Report of the Indian Hemp Drugs Commission, 1894-1895 - Volume VII
Year: 1894
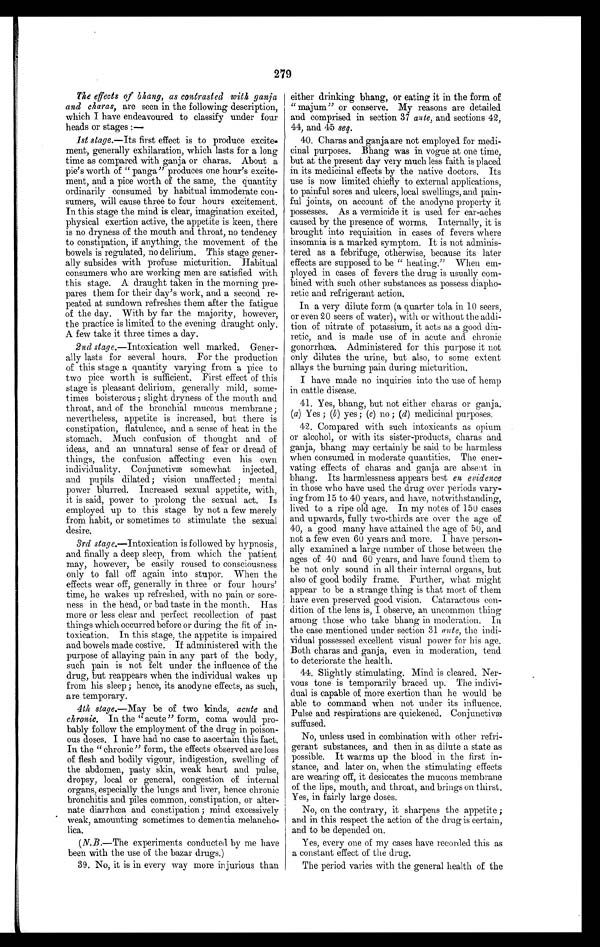
279
The effects of bhang, as contrasted with ganja
and charas, are seen in the following description,
which I have endeavoured to classify under four
heads or stages :
—
1st stage.—Its first effect is to produce excite-
ment, generally exhilaration, which lasts for a long
time as compared with ganja or charas. About a
pie's worth of " panga" produces one hour's excite-
ment, and a pice worth of the same, the quantity
ordinarily consumed by habitual immoderate con-
sumers, will cause three to four hours excitement.
In this stage the mind is clear, imagination excited,
physical exertion active, the appetite is keen, there
is no dryness of the mouth and throat, no tendency
to constipation, if anything, the movement of the
bowels is regulated, no delirium. This stage gener-
ally subsides with profuse micturition. Habitual
consumers who are working men are satisfied with
this stage. A draught taken in the morning pre-
pares them for their day's work, and a second re-
peated at sundown refreshes them after the fatigue
of the day. With by far the majority, however,
the practice is limited to the evening draught only.
A few take it three times a day.
2nd stage.—Intoxication well marked. Gener-
ally lasts for several hours. For the production
of this stage a quantity varying from a pice to
two pice worth is sufficient. First effect of this
stage is pleasant delirium, generally mild, some-
times boisterous; slight dryness of the mouth and
throat, and of the bronchial mucous membrane;
nevertheless, appetite is increased, but there is
constipation, flatulence, and a sense of heat in the
stomach. Much confusion of thought and of
ideas, and an unnatural sense of fear or dread of
things, the confusion affecting even his own
individuality. Conjunctivæ somewhat injected,
and pupils dilated; vision unaffected; mental
power blurred. Increased sexual appetite, with,
it is said, power to prolong the sexual act. Is
employed up to this stage by not a few merely
from habit, or sometimes to stimulate the sexual
desire.
3rd stage. —Intoxication is followed by hypnosis,
and finally a deep sleep, from which the patient
may, however, be easily roused to consciousness
only to fall off again into stupor. When the
effects wear off, generally in three or four hours'
time, he wakes up refreshed, with no pain or sore-
ness in the head, or bad taste in the month. Has
more or less clear and perfect recollection of past
things which occurred before or during the fit of in-
toxication. In this stage, the appetite is impaired
and bowels made costive. If administered with the
purpose of allaying pain in any part of the body,
such pain is not felt under the influence of the
drug, but reappears when the individual wakes up
from his sleep; hence, its anodyne effects, as such,
are temporary.
4th stage.—May be of two kinds, acute and
chronic. In the "acute" form, coma would pro-
bably follow the employment of the drug in poison-
ous doses. I have had no case to ascertain this fact.
In the " chronic" form, the effects observed are loss
of flesh and bodily vigour, indigestion, swelling of
the abdomen, pasty skin, weak heart and pulse,
dropsy, local or general, congestion of internal
organs, especially the lungs and liver, hence chronic
bronchitis and piles common, constipation, or alter-
nate diarrhœa and constipation; mind excessively
weak, amounting sometimes to dementia melancho-
lica.
( N.B.—The experiments conducted by me have
been with the use of the bazar drugs.)
39. No, it is in every way more injurious than
either drinking bhang, or eating it in the form of
"majum" or conserve. My reasons are detailed
and comprised in section 37 ante, and sections 42,
44, and 45 seq.
40. Charas and ganja are not employed for medi--
cinal purposes. Bhang was in vogue at one time,
but at the present day very much less faith is placed
in its medicinal effects by the native doctors. Its
use is now limited chiefly to external applications,
to painful sores and ulcers, local swellings, and pain--
ful joints, on account of the anodyne property it
possesses. As a vermicide it is used for ear-aches
caused by the presence of worms. Internally, it is
brought into requisition in cases of fevers where
insomnia is a marked symptom. It is not adminis-
tered as a febrifuge, otherwise, because its later
effects are supposed to be "heating." When em-
ployed in cases of fevers the drug is usually com-
bined with such other substances as possess diapho
-retic and refrigerant action.
In a very dilute form (a quarter tola in 10 seers,
or even 20 seers of water), with or without the addi
-tion of nitrate of potassium, it acts as a good diu-
retic, and is made use of in acute and chronic
gonorrhœa. Administered for this purpose it not
only dilutes the urine, but also, to some extent
allays the burning pain during micturition.
I have made no inquiries into the use of hemp
in cattle disease.
41. Yes, bhang, but not either charas or ganja.
( a) Yes ; ( b ) yes ; (c) no ; ( d) medicinal purposes.
42. Compared with such intoxicants as opium
or alcohol, or with its sister-products, charas and
ganja, bhang may certainly be said to be harmless
when consumed in moderate quantities. The ener-
vating effects of charas and ganja are absent in
bhang. Its harmlessness appears best en evidence
in those who have used the drug over periods vary-
ing from 15 to 40 years, and have, notwithstanding,
lived to a ripe old age. In my notes of 150 cases
and upwards, fully two-thirds are over the age of
40, a good many have attained the age of 50, and
not a few even 60 years and more . I have person-
ally examined a large number of those between the
ages of 40 and 60 years, and have found them to
be not only sound in all their internal organs, but
also of good bodily frame. Further, what might
appear to be a strange thing is that most of them
have even preserved good vision. Cataractous con-
- dition of the lens is, I observe, an uncommon thing
among those who take bhang in moderation. In
the case mentioned under section 31 ante, the indi
-vidual possessed excellent visual power for his age.
Both charas and ganja, even in moderation, tend
to deteriorate the health.
44. Slightly stimulating. Mind is cleared. Ner-
vous tone is temporarily braced up. The indivi-
dual is capable of more exertion than he would be
able to command when not under its influence.
Pulse and respirations are quickened. Conjunctivæ
suffused.
No, unless used in combination with other refri-
gerant substances, and then in as dilute a state as
possible. It warms up the blood in the first in-
stance, and later on, when the stimulating effects
are wearing off, it desiccates the mucous membrane
of the lips, mouth, and throat, and brings on thirst.
Yes, in fairly large doses.
No, on the contrary, it sharpens the appetite;
and in this respect the action of the drug is certain,
and to be depended on.
Yes, every one of my cases have recorded this as
a constant effect of the drug.
The period varies with the general health of the